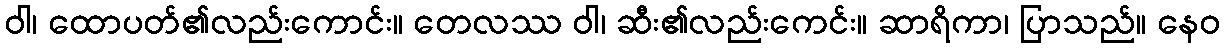
ဝါ၊ ထောပတ်၏လည်းကောင်း။ တေလဿ ဝါ၊ ဆီး၏လည်းကေင်း။ ဆာရိကာ၊ ပြာသည်။ နေဝ